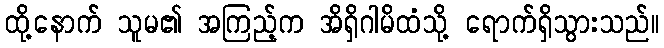
ထို့နောက် သူမ၏ အကြည့်က အိရှိဂါမိထံသို့ ရောက်ရှိသွားသည်။